38_143685_box_Incident_Summaries_173-233
Agency: Department of War
Page 141
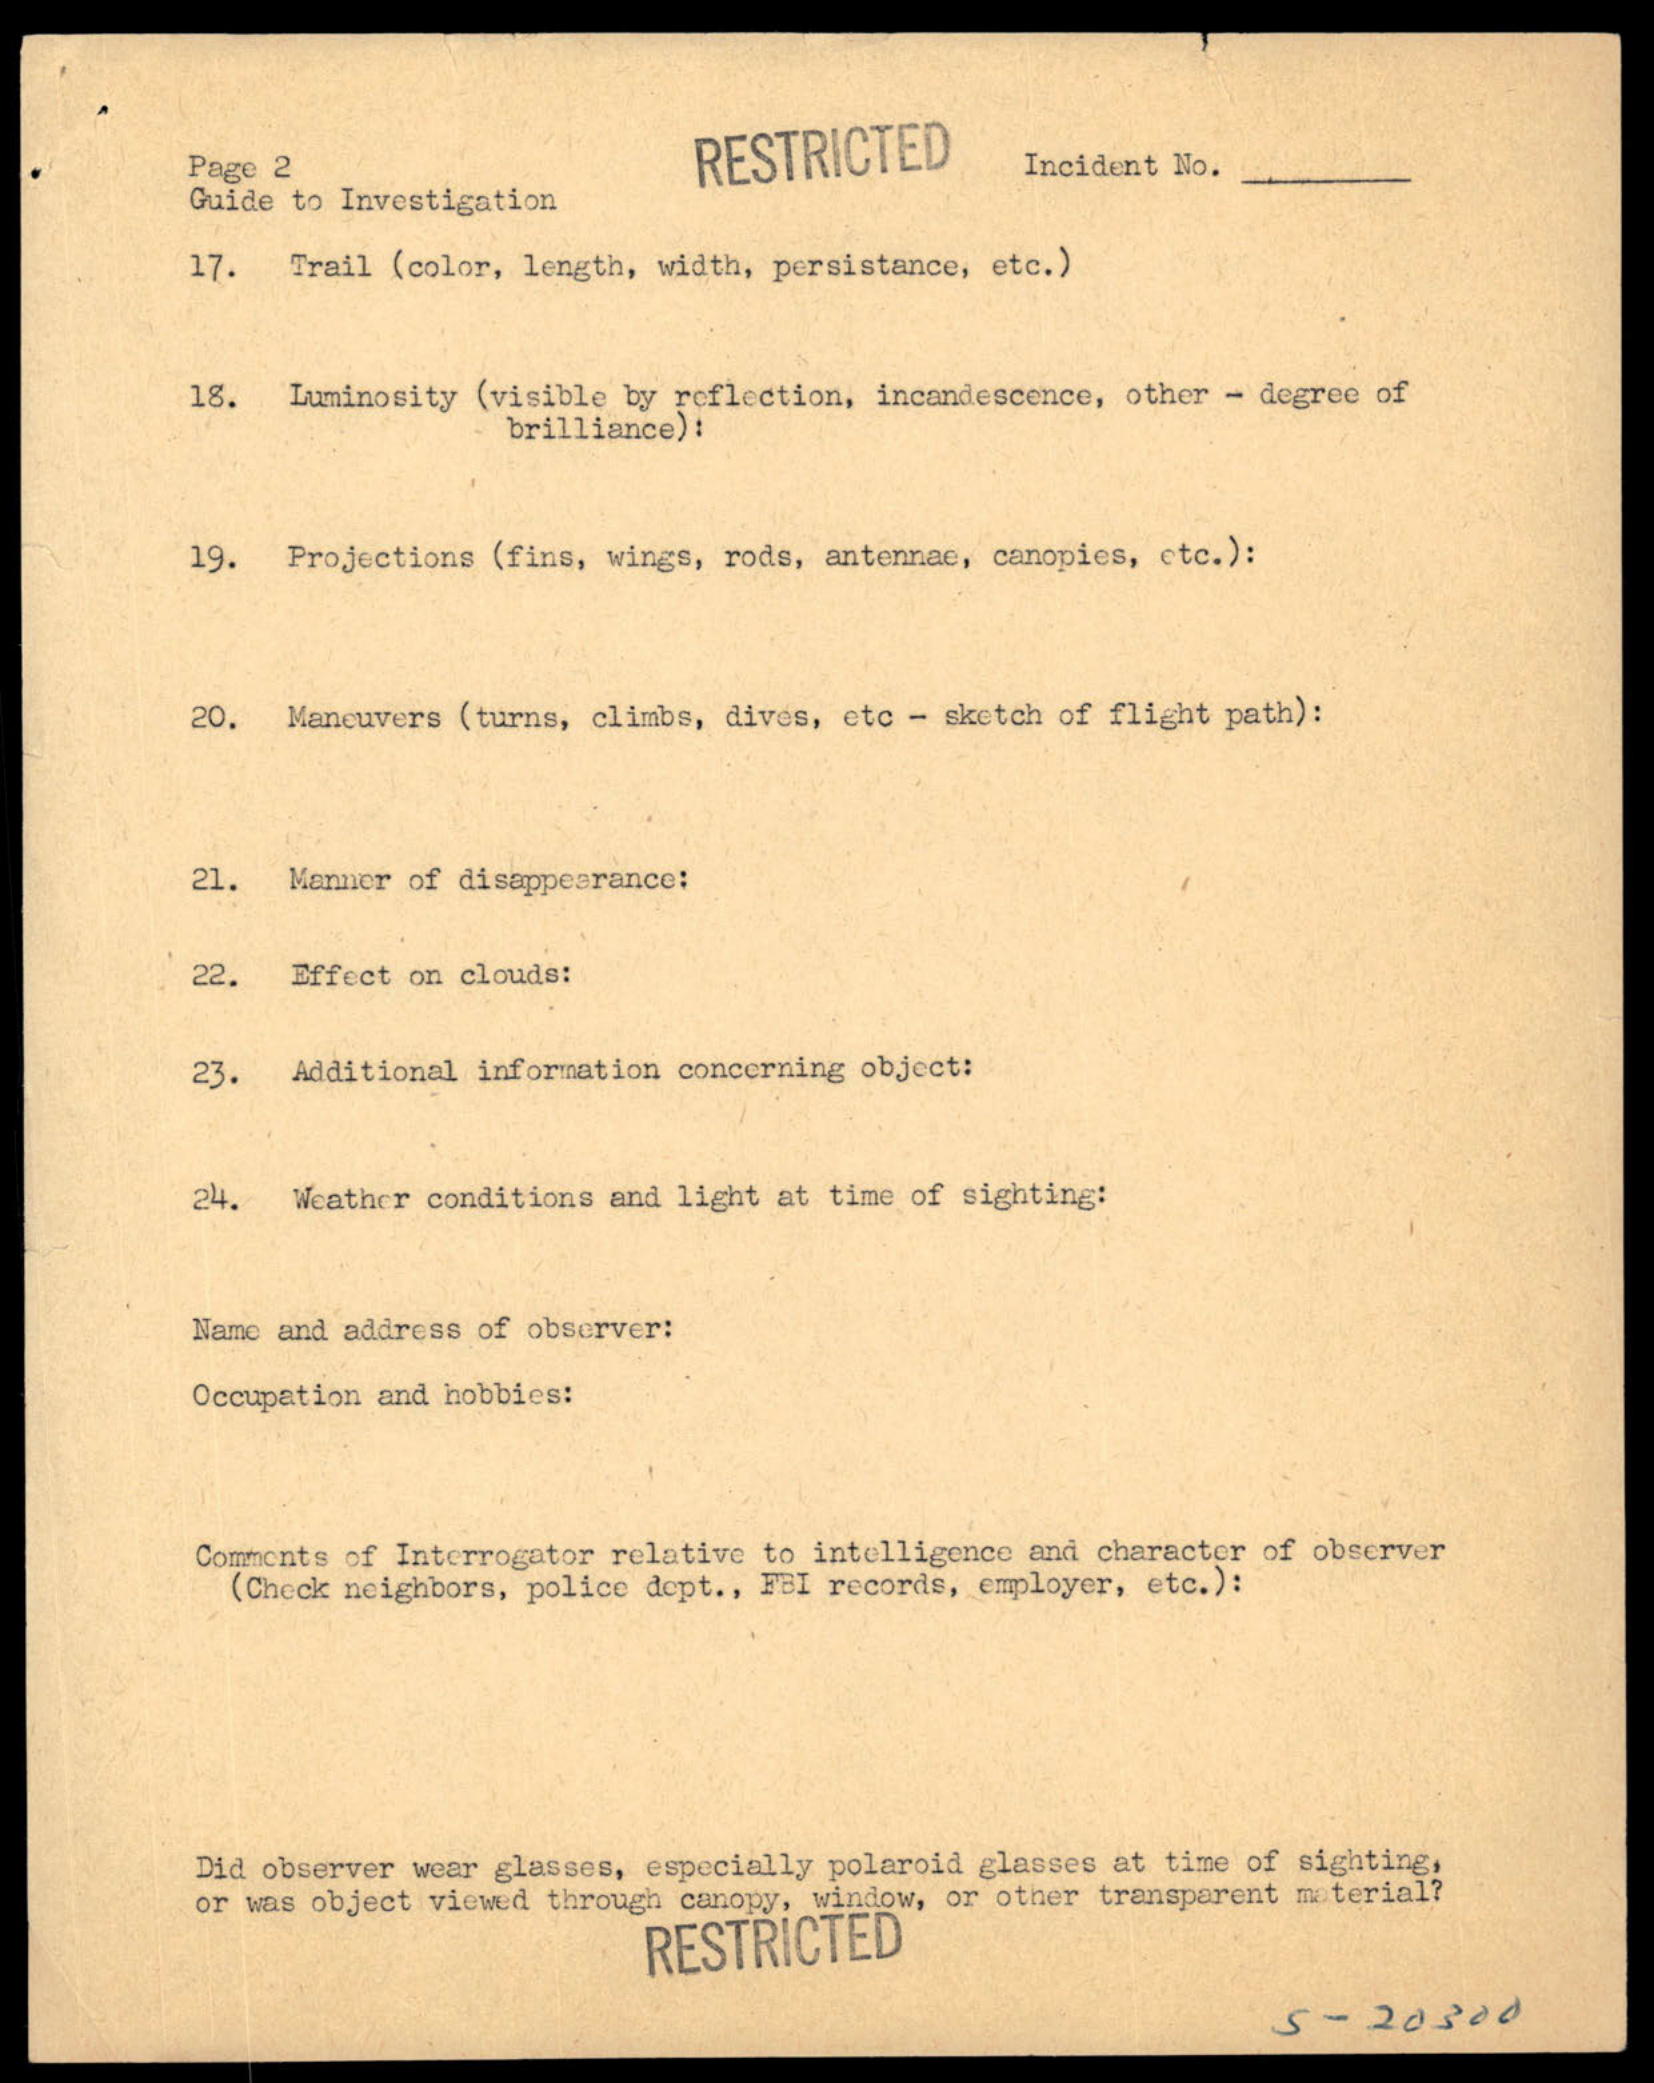